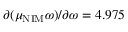
\partial ( \mu _ { \mathrm { N I M } } \omega ) / \partial \omega = 4 . 9 7 5